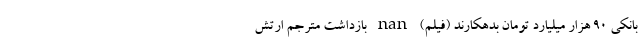
بانکی 90 هزار میلیارد تومان بدهکارند (فیلم) nan بازداشت مترجم ارتش